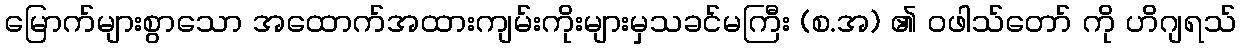
မြောက်များစွာသော အထောက်အထားကျမ်းကိုးများမှသခင်မကြီး (စ.အ) ၏ ဝဖါသ်တော် ကို ဟိဂျရသ်